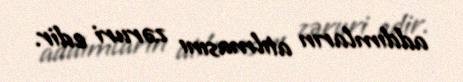
addımların atılmasını zəruri edir.